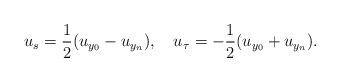
LaTeX: \begin{align*} u_s=\frac{1}{2}(u_{y_0}-u_{y_n}),\ \ \ u_\tau=-\frac{1}{2}(u_{y_0}+u_{y_n}).\end{align*}